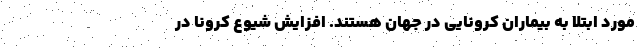
مورد ابتلا به بیماران کرونایی در جهان هستند. افزایش شیوع کرونا در